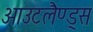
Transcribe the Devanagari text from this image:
आउटलैण्ड्स